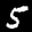
Label: 5